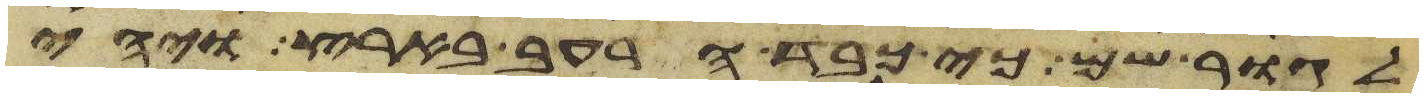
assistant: לגור שם כי כבד הרעב בארץ ויהי